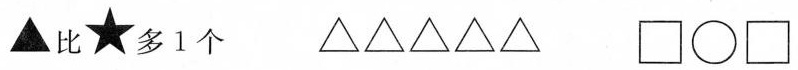
比多1个 \Box \circ \Box